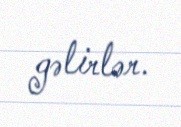
gəlirlər.